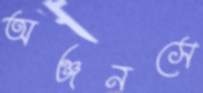
অঞ্জনসে